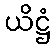
ယိဋ္ဌံ